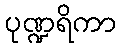
ပုဏ္ဍရိကာ